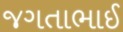
જગતાભાઈ